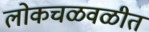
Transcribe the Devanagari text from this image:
लोकचळवळीत